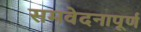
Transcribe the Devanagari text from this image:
समवेदनापूर्ण